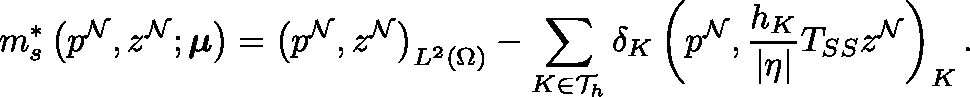
m _ { s } ^ { * } \left( p ^ { \mathcal { N } } , z ^ { \mathcal { N } } ; \boldsymbol { \mu } \right) = \left( p ^ { \mathcal { N } } , z ^ { \mathcal { N } } \right) _ { L ^ { 2 } ( \Omega ) } - \sum _ { K \in \mathcal { T } _ { h } } \delta _ { K } \left( p ^ { \mathcal { N } } , \frac { h _ { K } } { | \mathbf { \eta } | } T _ { S S } z ^ { \mathcal { N } } \right) _ { K } .